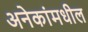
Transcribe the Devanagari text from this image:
अनेकांमधील